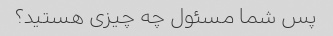
پس شما مسئول چه چیزی هستید؟